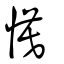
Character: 慔